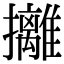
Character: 攡